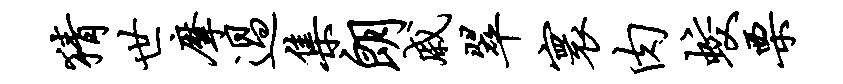
猜世摩过集朗戚翠寰肉蛟栗